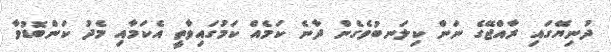
ދުނިޔޭގައި ރާއްޖޭގެ ނަން ކިލަނބުވެގެން ދާނެ ކަމެއް ކަމުގައިވާތީ އެކަމާއި މެދު ކަންބޮޑުވާ